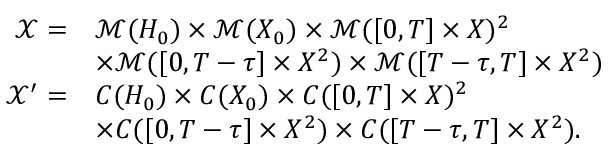
\begin{array} { r l } { \mathcal { X } = } & { \mathcal { M } ( H _ { 0 } ) \times \mathcal { M } ( X _ { 0 } ) \times \mathcal { M } ( [ 0 , T ] \times X ) ^ { 2 } } \\ & { \times \mathcal { M } ( [ 0 , T - \tau ] \times X ^ { 2 } ) \times \mathcal { M } ( [ T - \tau , T ] \times X ^ { 2 } ) } \\ { \mathcal { X } ^ { \prime } = } & { C ( H _ { 0 } ) \times C ( X _ { 0 } ) \times C ( [ 0 , T ] \times X ) ^ { 2 } } \\ & { \times C ( [ 0 , T - \tau ] \times X ^ { 2 } ) \times C ( [ T - \tau , T ] \times X ^ { 2 } ) . } \end{array}